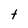
Character: t